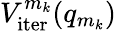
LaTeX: V_{\mathrm{iter}}^{m_{k}}(q_{m_{k}})